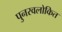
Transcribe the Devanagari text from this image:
पुनरवलोकित